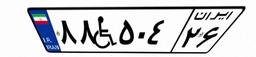
۸۸W۵۰۴۲۶